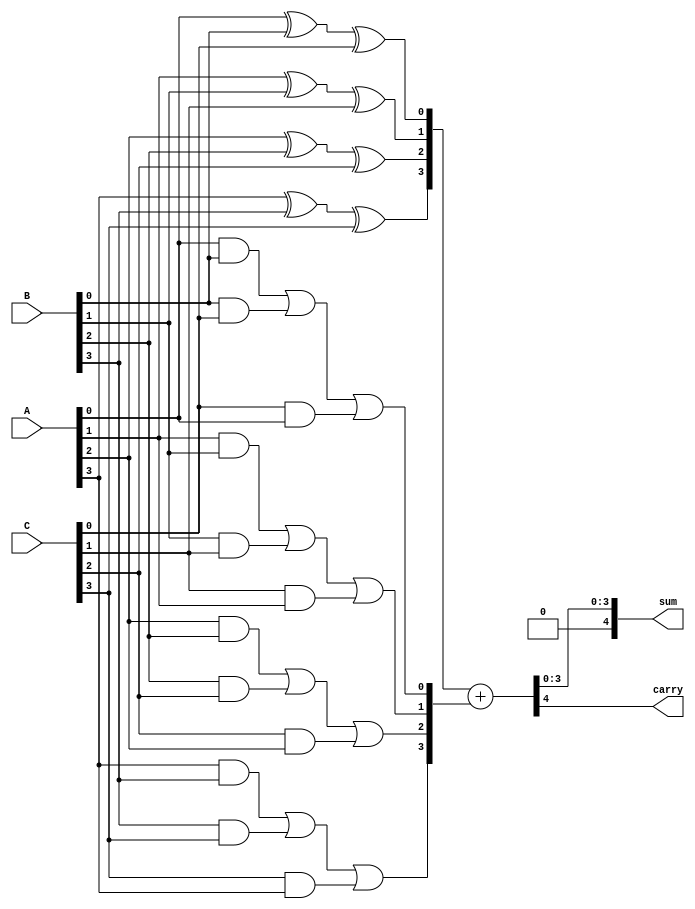
module CarrySaveAdder (
    input [3:0] A,  // 4-bit input A
    input [3:0] B,  // 4-bit input B
    input [3:0] C,  // 4-bit input C
    output [4:0] sum, // 5-bit output sum (4 bits + carry)
    output carry      // Final carry output
);

    // Intermediate signals for partial sums and carries
    wire [3:0] partial_sum;
    wire [3:0] carry_out;

    // Generate partial sums and carry bits
    assign partial_sum[0] = A[0] ^ B[0] ^ C[0];
    assign partial_sum[1] = A[1] ^ B[1] ^ C[1];
    assign partial_sum[2] = A[2] ^ B[2] ^ C[2];
    assign partial_sum[3] = A[3] ^ B[3] ^ C[3];

    assign carry_out[0] = (A[0] & B[0]) | (B[0] & C[0]) | (C[0] & A[0]);
    assign carry_out[1] = (A[1] & B[1]) | (B[1] & C[1]) | (C[1] & A[1]);
    assign carry_out[2] = (A[2] & B[2]) | (B[2] & C[2]) | (C[2] & A[2]);
    assign carry_out[3] = (A[3] & B[3]) | (B[3] & C[3]) | (C[3] & A[3]);

    // Final addition of partial sums and carry bits
    wire [4:0] final_sum;
    assign final_sum = {1'b0, partial_sum} + {1'b0, carry_out};

    // Assign outputs
    assign sum = final_sum[3:0]; // 4-bit sum output
    assign carry = final_sum[4];  // Final carry output

endmodule